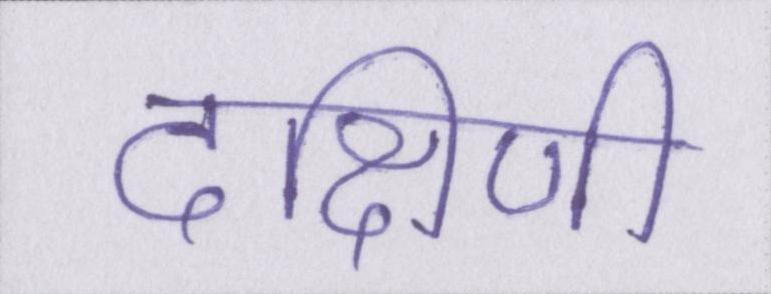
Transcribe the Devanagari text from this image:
दक्षिणी